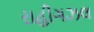
રાહીગઝલ